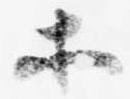
等